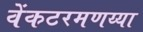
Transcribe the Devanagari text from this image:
वेंकटरमणय्या